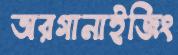
অরগানাইজিং